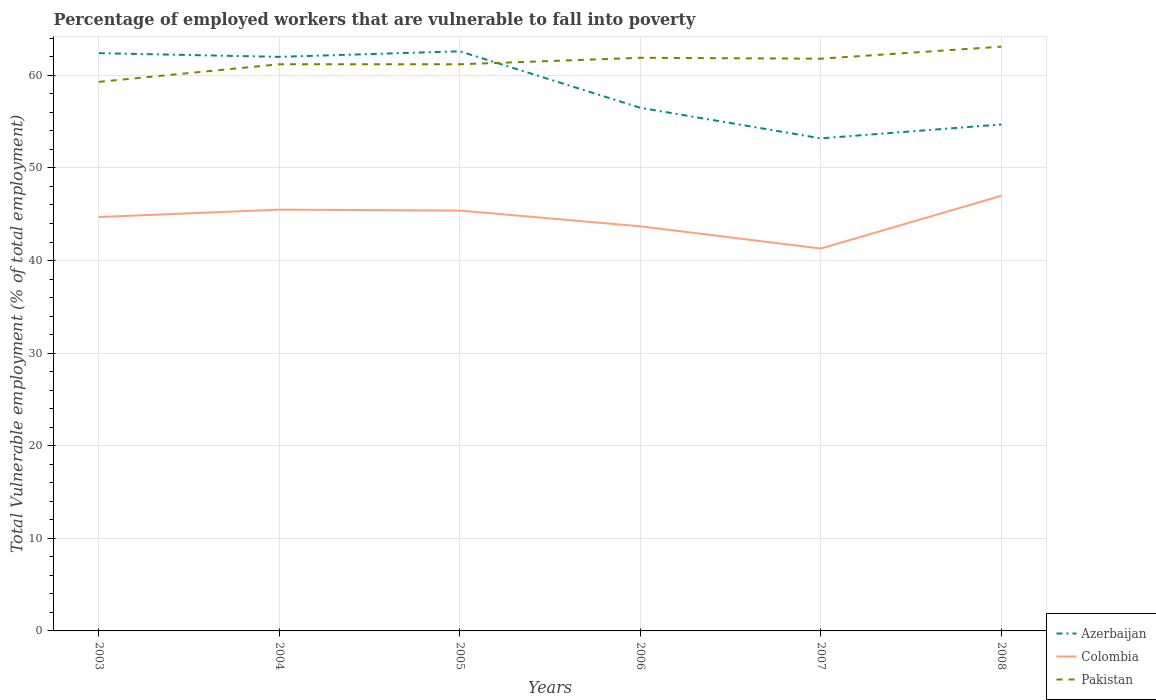
| Years | Azerbaijan | Colombia | Pakistan |
 | --- | --- | --- | --- |
 | 2003 | 62.4 | 44.7 | 59.3 |
 | 2004 | 62 | 45.5 | 61.2 |
 | 2005 | 62.6 | 45.4 | 61.2 |
 | 2006 | 56.5 | 43.7 | 61.9 |
 | 2007 | 53.2 | 41.3 | 61.8 |
 | 2008 | 54.7 | 47 | 63.1 |